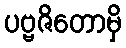
ပဗ္ဗဇိတောမှိ